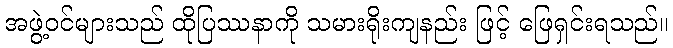
အဖွဲ့ဝင်များသည် ထိုပြဿနာကို သမားရိုးကျနည်း ဖြင့် ဖြေရှင်းရသည်။